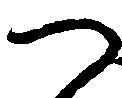
つ